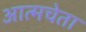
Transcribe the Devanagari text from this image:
आत्मचेता